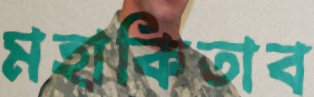
মহাকিতাব